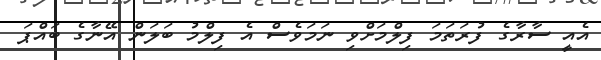
އެއީ ސާރާގެ ފުރަތަމަ ފިލްމަށްވި ނަމަވެސް އެ ފިލްމު ބަލަން އޭނާގެ ބައްޕަ